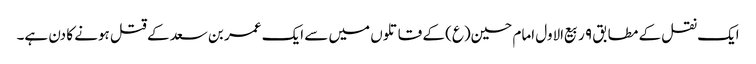
ایک نقل کے مطابق ۹ ربیع‌الاول امام حسین(ع) کے قاتلوں میں سے ایک عمر بن سعد کے قتل ہونے کا دن ہے۔